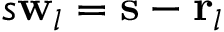
s \mathbf { w } _ { l } = \mathbf { s } - \mathbf { r } _ { l }